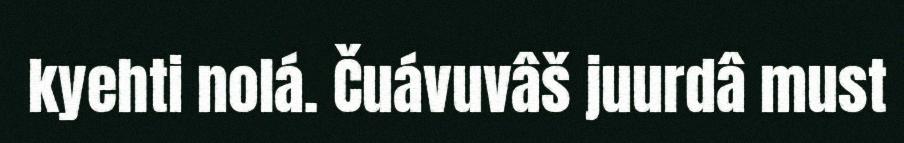
kyehti nolá. Čuávuvâš juurdâ must